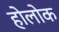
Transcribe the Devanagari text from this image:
होलोक